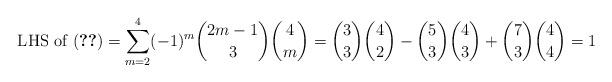
LaTeX: \begin{align*} \text{ LHS of (\ref{eqn:final})} = \sum_{m=2}^4 (-1)^m \binom{2m-1}{3} \binom{4}{m} = \binom{3}{3} \binom{4}{2} - \binom{5}{3} \binom{4}{3} + \binom{7}{3} \binom{4}{4} = 1 \end{align*}